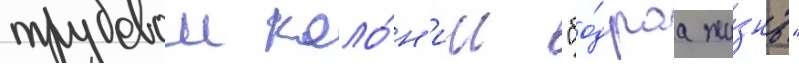
трудовои коло́н'ии "бо́драа жи́знь"